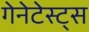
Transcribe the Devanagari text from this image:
गेनेटेस्ट्स